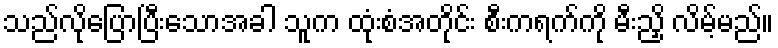
သည်လိုပြောပြီးသောအခါ သူက ထုံးစံအတိုင်း စီးကရက်ကို မီးညှိ လိမ့်မည်။